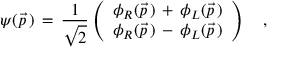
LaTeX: \psi ( \vec { p } \, ) \, = \, { \frac { 1 } { \sqrt { 2 } } } \left( \begin{array} { c c } { { \phi _ { R } ( \vec { p } \, ) \, + \, \phi _ { L } ( \vec { p } \, ) } } \\ { { \phi _ { R } ( \vec { p } \, ) \, - \, \phi _ { L } ( \vec { p } \, ) } } \end{array} \right) \quad ,